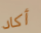
أكاد